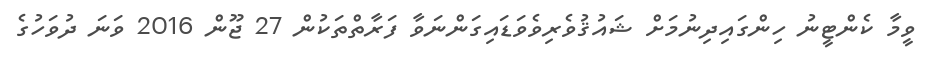
ވީމާ ކެންޓީނު ހިންގައިދިނުމަށް ޝައުޤުވެރިވެވަޑައިގަންނަވާ ފަރާތްތަކުން 27 ޖޫން 2016 ވަނަ ދުވަހުގެ